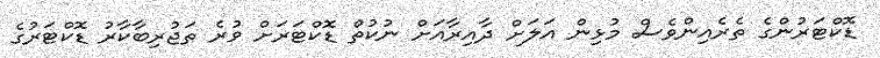
ޑޮކްޓަރުންގެ ތެރެއިންވެސް މުޅިން އަލަށް ދާއިރާއަށް ނުކުތް ޑޮކްޓަރަށް ވުރެ ތަޖުރިބާކާރު ޑޮކްޓަރުގެ